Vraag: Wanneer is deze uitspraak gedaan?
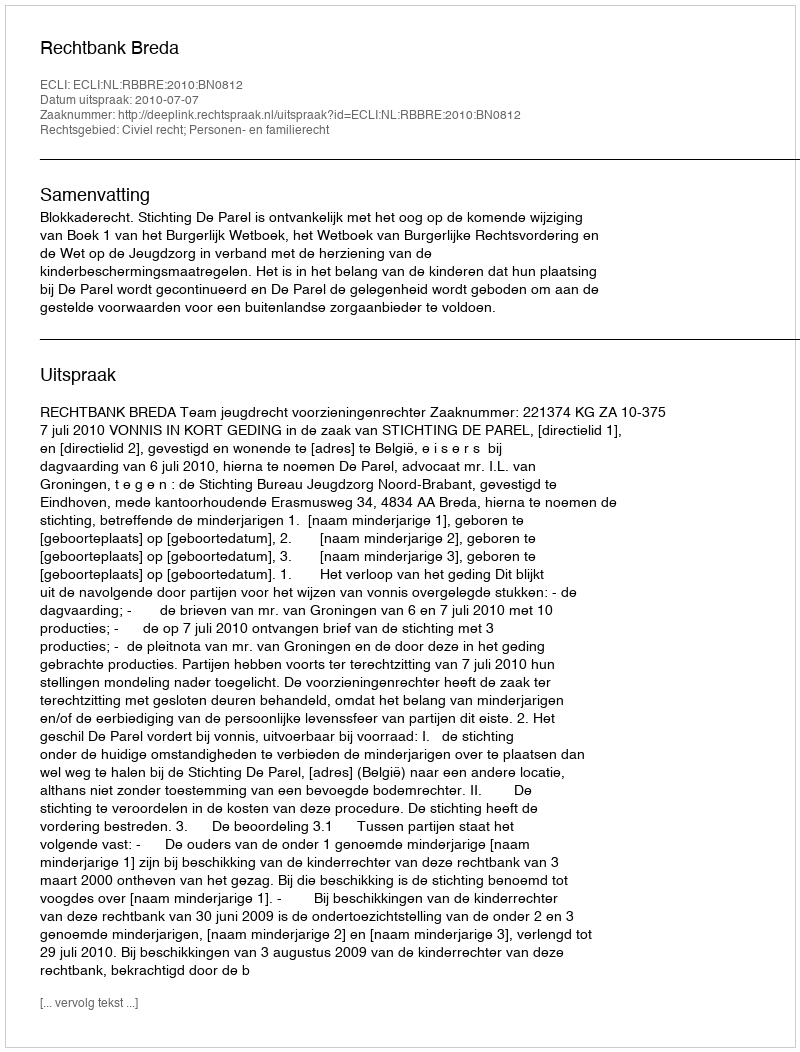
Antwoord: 2010-07-07